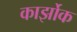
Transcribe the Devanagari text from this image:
कार्झोक